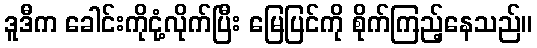
ဒူဒီက ခေါင်းကိုငုံ့လိုက်ပြီး မြေပြင်ကို စိုက်ကြည့်နေသည်။